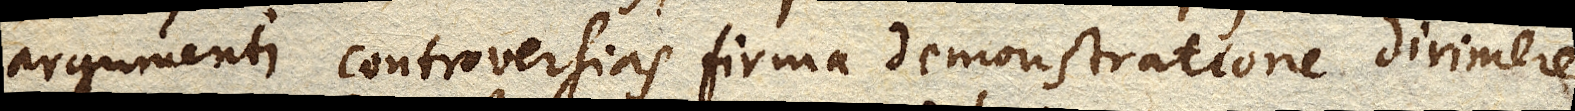
argumenti controversias firma demonstratione dirimere